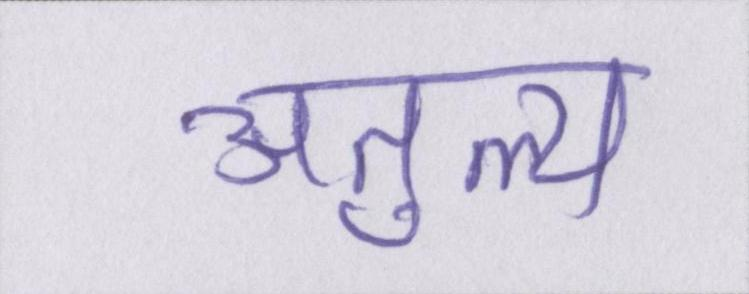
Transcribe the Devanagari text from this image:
अतुल्य